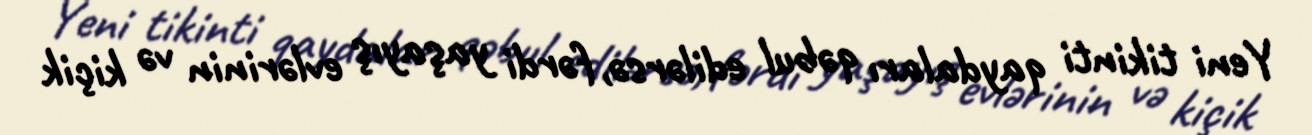
Yeni tikinti qaydaları qəbul edilərsə, fərdi yaşayış evlərinin və kiçik